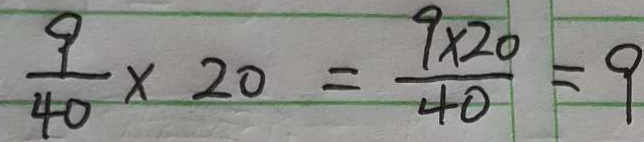
\frac { 9 } { 4 0 } \times 2 0 = \frac { 9 \times 2 0 } { 4 0 } = 9